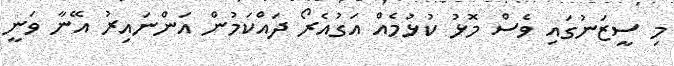
މި ސީޒަނުގައި ވެސް މޮޅު ކުޅުމެއް އަގުއެރޯ ދައްކަމުން އަންނައިރު އޭނާ ވަނީ